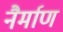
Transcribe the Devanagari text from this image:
नैर्माण